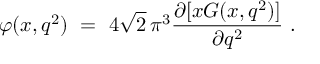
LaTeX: \varphi ( x , q ^ { 2 } ) \ = \ 4 \sqrt 2 \, \pi ^ { 3 } \frac { \partial [ x G ( x , q ^ { 2 } ) ] } { \partial q ^ { 2 } } \ .